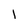
Character: 1